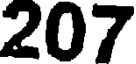
207